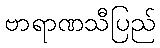
ဗာရာဏသီပြည်